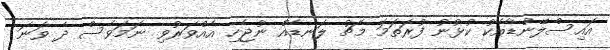
އައިސްލޭންޑާއެެކު ކުޅުނު ފުރަތަމަ މެޗު ލަނޑެއް ނުޖެހި އެއްވަރުވި ނަމަވެސް ދެ ވަނަ